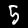
Label: 5